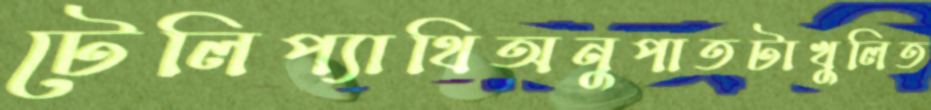
টেলিপ্যাথিঅনুপাতটাখুলিত